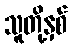
သူတို့နှစ်